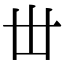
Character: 丗